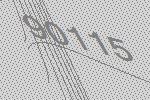
90115